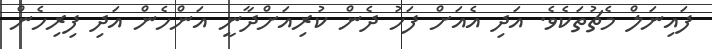
ފައިނަލް މެޗުތަކެވެ. އަދި އެއަށް ފަހު ދެން ކުރިއަށްދާނީ އަންހެން އަދި ފިރިހެން